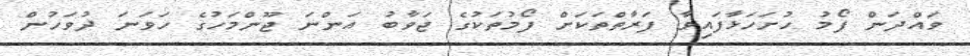
ވައްދަން ފޯމު ހުށަހަޅާފައިވާ ފަރާތްތަކަށް ފޯމުތަކުގެ ޖަވާބު އަންނަ ޖޫންމަހުގެ ހަވަނަ ދުވަހުން